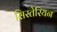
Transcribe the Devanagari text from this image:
सिस्तेरियन